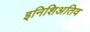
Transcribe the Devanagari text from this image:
इनिशिअतिव